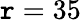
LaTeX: \mathtt{r}=35